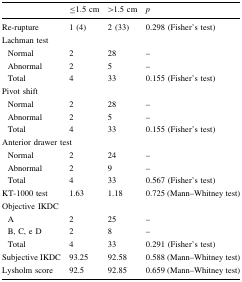
|  | ≤1.5 cm | >1.5 cm | p |
 | --- | --- | --- | --- |
 | Re-rupture | 1 (4) | 2 (33) | 0.298 (Fisher’s test) |
 | <COLSPAN=4> Lachman test |
 | Normal | 2 | 28 | – |
 | Abnormal | 2 | 5 | – |
 | Total | 4 | 33 | 0.155 (Fisher’s test) |
 | <COLSPAN=4> Pivot shift |
 | Normal | 2 | 28 | – |
 | Abnormal | 2 | 5 | – |
 | Total | 4 | 33 | 0.155 (Fisher’s test) |
 | <COLSPAN=4> Anterior drawer test |
 | Normal | 2 | 24 | – |
 | Abnormal | 2 | 9 | – |
 | Total | 4 | 33 | 0.567 (Fisher’s test) |
 | KT-1000 test | 1.63 | 1.18 | 0.725 (Mann–Whitney test) |
 | <COLSPAN=4> Objective IKDC |
 | A | 2 | 25 | – |
 | B, C, e D | 2 | 8 | – |
 | Total | 4 | 33 | 0.291 (Fisher’s test) |
 | Subjective IKDC | 93.25 | 92.58 | 0.588 (Mann–Whitney test) |
 | Lysholm score | 92.5 | 92.85 | 0.659 (Mann–Whitney test) |